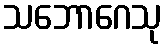
သဘောဂေသု